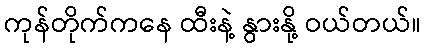
ကုန်တိုက်ကနေ ထီးနဲ့ နွားနို့ ဝယ်တယ်။